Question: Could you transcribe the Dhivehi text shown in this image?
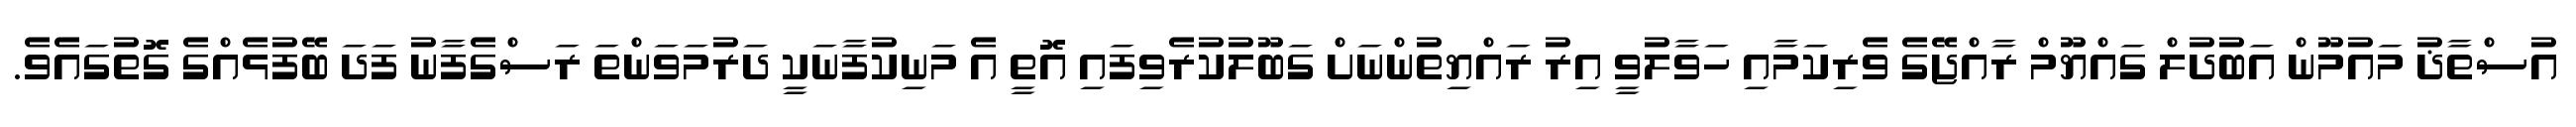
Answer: އުސްތާޛު މައުމޫން އަބުދުލް ގައްޔޫމް ރާއްޖޭގެ ވެރިކަމާއި ހަވާލުވީ އިރު ރައްޔިތުންނަށް ގަބޫލުކުރެވިފައި އޮތީ އެ މަނިކުފާނަކީ ދަރުމަވަންތަ ރަސްގެފާނު ފަދަ ބޭފުޅެއްގެ ގޮތުގައެވެ.